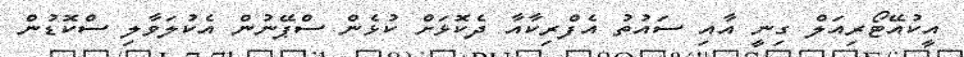
އީކުއޭޓޯރިއަލް ގިނީ އާއި ސައުތު އެފްރިކާއާ ދެކޮޅަށް ކުޅެން ސްޕޭނުން އެކުލަވާލި ސްކޮޑުން